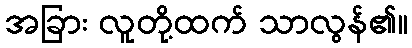
အခြား လူတို့ထက် သာလွန်၏။